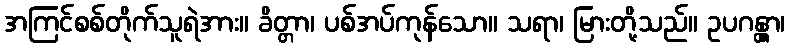
အကြင်စစ်တိုက်သူရဲအား။ ခိတ္တာ၊ ပစ်အပ်ကုန်သော။ သရာ၊ မြားတို့သည်။ ဥပဂန္တွာ၊